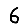
Digit: 6